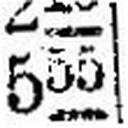
555